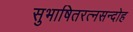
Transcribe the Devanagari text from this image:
सुभाषितरत्नसन्दोह